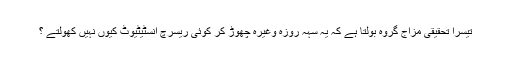
تیسرا تحقیقی مزاج گروہ بولتا ہے کہ یہ سہہ روزہ وغیرہ چھوڑ کر کوئی ریسرچ انسٹیٹیوٹ کیوں نہیں کھولتے ؟